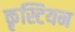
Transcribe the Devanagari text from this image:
कृस्टियन